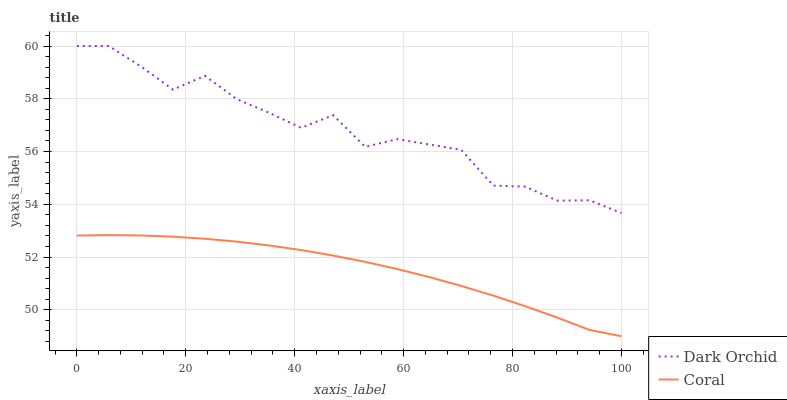
| xaxis_label | Dark Orchid | Coral |
 | --- | --- | --- |
 | 0 | 60 | 52.8 |
 | 5.88 | 60 | 52.8 |
 | 11.8 | 59.2 | 52.8 |
 | 17.6 | 58.3 | 52.8 |
 | 23.5 | 58.9 | 52.7 |
 | 29.4 | 58 | 52.6 |
 | 35.3 | 57.5 | 52.4 |
 | 41.2 | 56.9 | 52.3 |
 | 47.1 | 57.4 | 52.1 |
 | 52.9 | 56.2 | 51.8 |
 | 58.8 | 56.5 | 51.5 |
 | 64.7 | 56.3 | 51.2 |
 | 70.6 | 56.1 | 50.9 |
 | 76.5 | 54.7 | 50.5 |
 | 82.4 | 54.7 | 50.1 |
 | 88.2 | 54.1 | 49.7 |
 | 94.1 | 54.2 | 49.2 |
 | 100 | 53.7 | 49 |